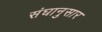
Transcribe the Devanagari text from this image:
संघानुसार